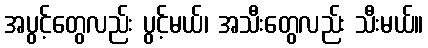
အပွင့်တွေလည်း ပွင့်မယ်၊ အသီးတွေလည်း သီးမယ်။